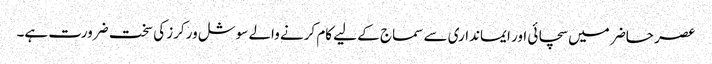
عصر حاضر میں سچائی اور ایمانداری سے سماج کے لیے کام کرنے والے سوشل ورکرز کی سخت ضرورت ہے۔